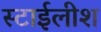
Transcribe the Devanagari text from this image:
स्टाईलीश